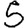
Digit: 5